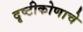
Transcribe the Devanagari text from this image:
दृष्टीकोणाचे